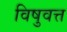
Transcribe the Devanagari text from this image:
विषुवत्त